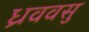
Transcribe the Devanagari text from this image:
ध्रववसु